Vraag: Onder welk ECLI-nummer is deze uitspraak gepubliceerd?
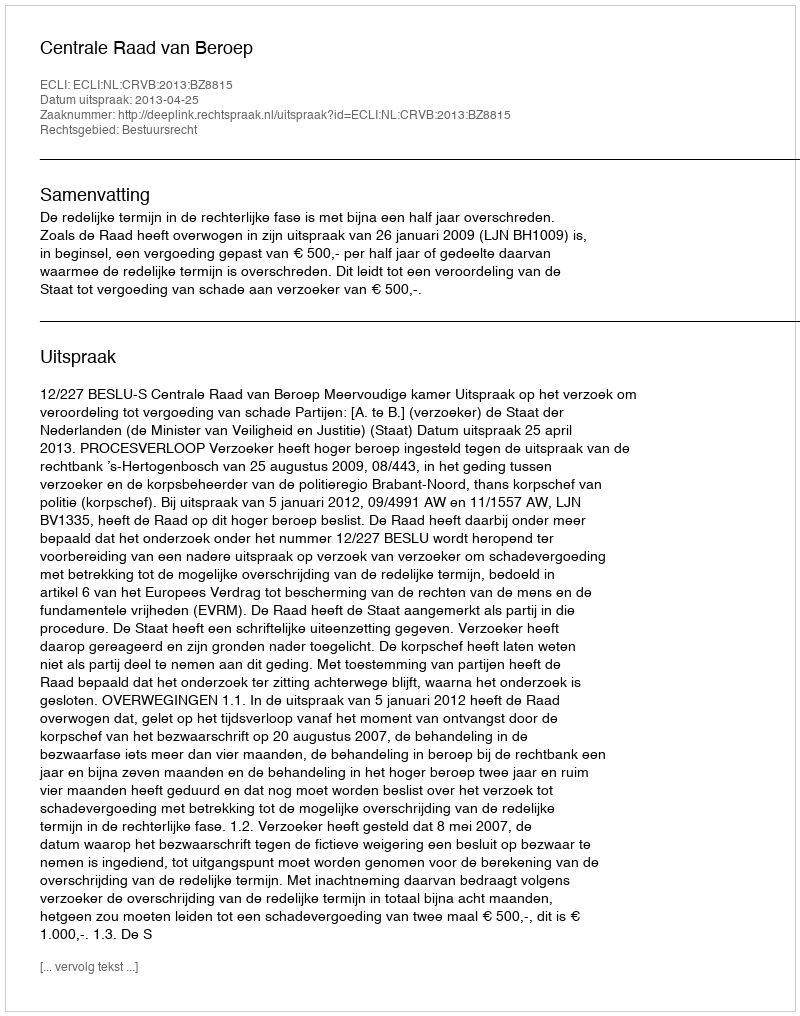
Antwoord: ECLI:NL:CRVB:2013:BZ8815